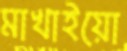
মাখাইয়ো